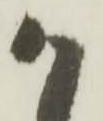
か